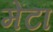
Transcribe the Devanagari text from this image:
मेंटा